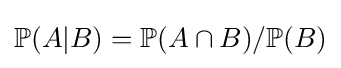
\textstyle \mathbb {P} (A|B)=\mathbb {P} (A\cap B)/\mathbb {P} (B)